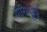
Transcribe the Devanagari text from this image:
योरित्सुने